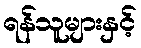
ရန်သူများနှင့်